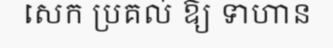
សេក ប្រគល់ ឱ្យ ទាហាន